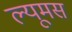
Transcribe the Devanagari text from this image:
ल्यूमस